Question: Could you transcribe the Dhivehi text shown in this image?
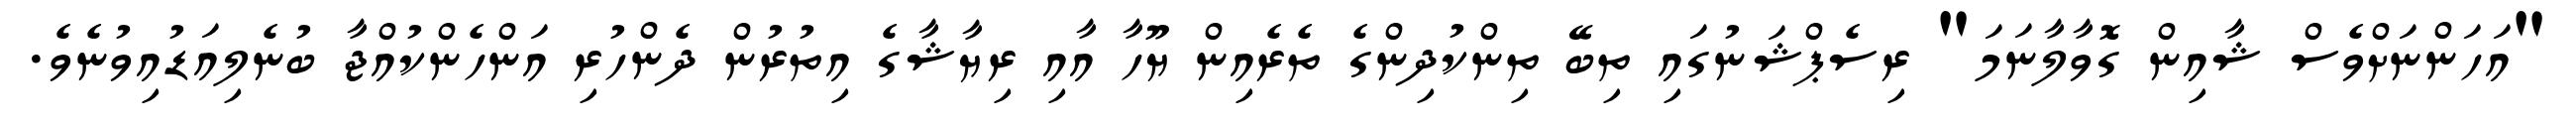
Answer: "އަހަންނަށްވެސް ޝާއިން ގޮވާލާނަމަ" ރިސެޕްޝަނުގައި ތިބޭ ތިންކުދިންގެ ތެރެއިން ޔޫހާ އާއި ރިޔާޝާގެ އިތުރުން ދެންހުރި އަންހެންކުއްޖާ ބުނެލިއަޑުއިވުނެވެ.